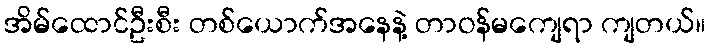
အိမ်ထောင်ဦးစီး တစ်ယောက်အနေနဲ့ တာဝန်မကျေရာ ကျတယ်။